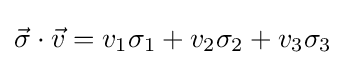
{\vec {\sigma }}\cdot {\vec {v}}=v_{1}\sigma _{1}+v_{2}\sigma _{2}+v_{3}\sigma _{3}